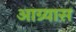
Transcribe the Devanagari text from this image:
आग्र्यास